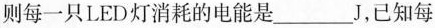
则每一只LED灯消耗的电能是___J，已知